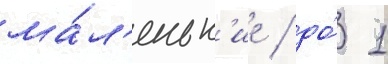
ма́л'еньк'ие / до́ 1